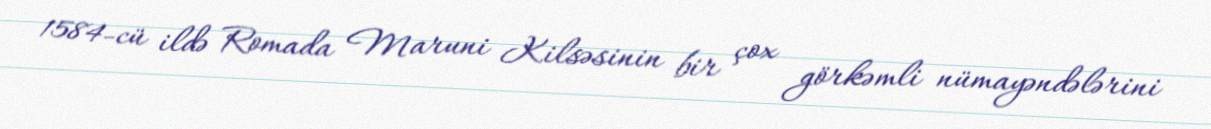
1584-cü ildə Romada Maruni Kilsəsinin bir çox görkəmli nümayəndələrini